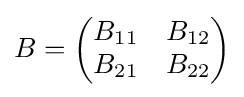
B={\begin{pmatrix}B_{11}&B_{12}\\B_{21}&B_{22}\end{pmatrix}}